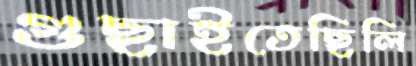
গুছাইতেছিলি